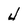
Character: 4